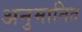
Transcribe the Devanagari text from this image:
अनुमानित